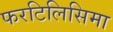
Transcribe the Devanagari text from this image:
फरटिलिसिमा